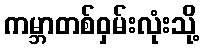
ကမ္ဘာတစ်ဝှမ်းလုံးသို့